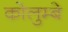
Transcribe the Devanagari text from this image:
कोलुम्बे